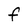
Character: f